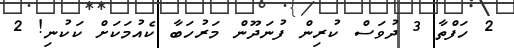
2 ހަފްތާ 3 ދުވަސް ކުރިން ފުނަދޫން މަރުހަބާ ކެއުމަކަށް ކަކުނި! 2